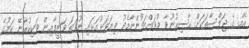
އެމް ގެ ޖަލްސާތަކަށް ޙާޟިރުނުވާ މުވައްޒަފުންނާމެދު ފިޔަވަޅުއަޅައި ނުވަތަ ވަޒީފާއިން ވަކިކުރާނޭ ކަމުގެ